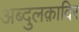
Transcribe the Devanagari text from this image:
अब्दुलक़ादिर